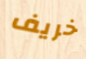
خريف